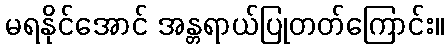
မရနိုင်အောင် အန္တရာယ်ပြုတတ်ကြောင်း။